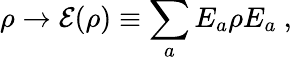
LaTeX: \rho\to{\cal E}(\rho)\equiv\sum_{a}E_{a}\rho E_{a}~,